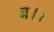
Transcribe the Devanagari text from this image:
ब।।